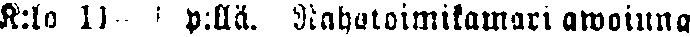
K:lo 11-1 p:llä Rahatoimikamari awoinna